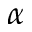
\alpha